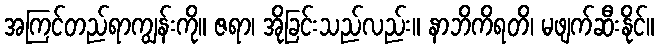
အကြင်တည်ရာကျွန်းကို။ ဇရာ၊ အိုခြင်းသည်လည်း။ နာဘိကိရတိ၊ မဖျက်ဆီးနိုင်။